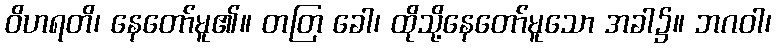
ဝိဟရတိ၊ နေတော်မူ၏။ တတြ ခေါ၊ ထိုသို့နေတော်မူသော အခါ၌။ ဘဂဝါ၊